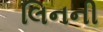
લિનની